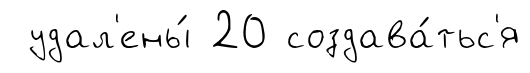
удал'ены́ 20 создава́тьс'я